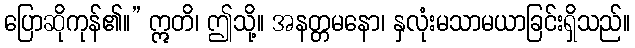
ပြောဆိုကုန်၏။” ဣတိ၊ ဤသို့။ အနတ္တမနော၊ နှလုံးမသာမယာခြင်းရှိသည်။